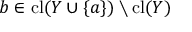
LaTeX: b \in \operatorname { c l } ( Y \cup \{ a \} ) \setminus \operatorname { c l } ( Y )